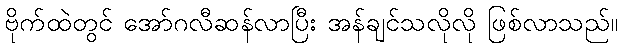
ဗိုက်ထဲတွင် အော်ဂလီဆန်လာပြီး အန်ချင်သလိုလို ဖြစ်လာသည်။